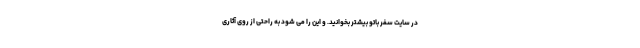
در سایت سفر باتو بیشتر بخوانید. و این را می شود به راحتی از روی آثاری